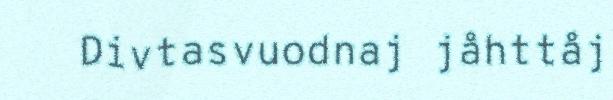
Divtasvuodnaj jåhttåj